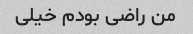
من راضی بودم خیلی